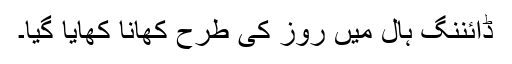
ڈائننگ ہال میں روز کی طرح کھانا کھایا گیا۔